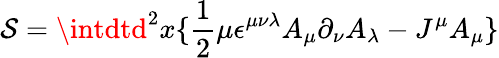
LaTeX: \mathcal{S}=\intdtd^{2}x\lbrace\frac{{1}}{{2}}\mu\epsilon^{\mu\nu\lambda}A_{\mu}\partial_{\nu}A_{\lambda}-J^{\mu}A_{\mu}\rbrace